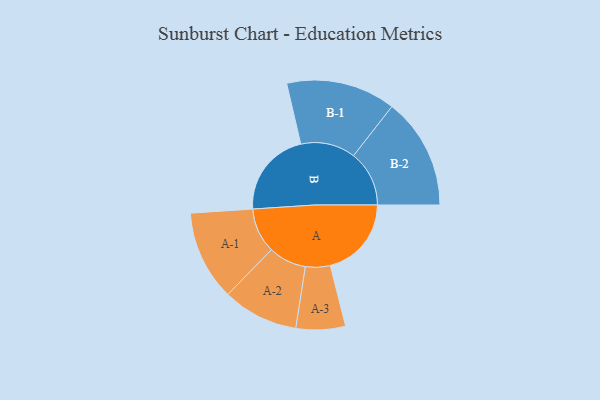
{"axis": {"x": "Segment", "y": "Value"}, "legend": ["", "A", "B"], "data": [{"x": "A", "y": 424, "type": ""}, {"x": "B", "y": 451, "type": ""}, {"x": "A-1", "y": 235, "type": "A"}, {"x": "A-2", "y": 198, "type": "A"}, {"x": "A-3", "y": 129, "type": "A"}, {"x": "B-1", "y": 286, "type": "B"}, {"x": "B-2", "y": 291, "type": "B"}]}